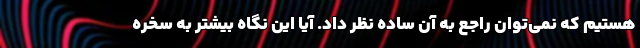
هستیم که نمی‌توان راجع به آن ساده نظر داد. آیا این نگاه بیشتر به سخره